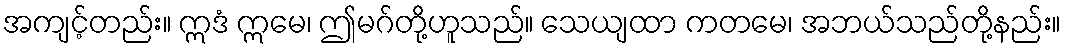
အကျင့်တည်း။ ဣဒံ ဣမေ၊ ဤမဂ်တို့ဟူသည်။ သေယျထာ ကတမေ၊ အဘယ်သည်တို့နည်း။